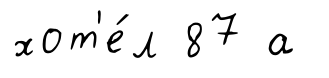
хот'е́л 87 а